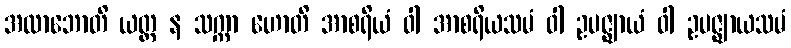
အလာဘောတိ ယတ္ထ န သက္ကာ ဟောတိ အာစရိယံ ဝါ အာစရိယသမံ ဝါ ဥပဇ္ဈာယံ ဝါ ဥပဇ္ဈာယသမံ